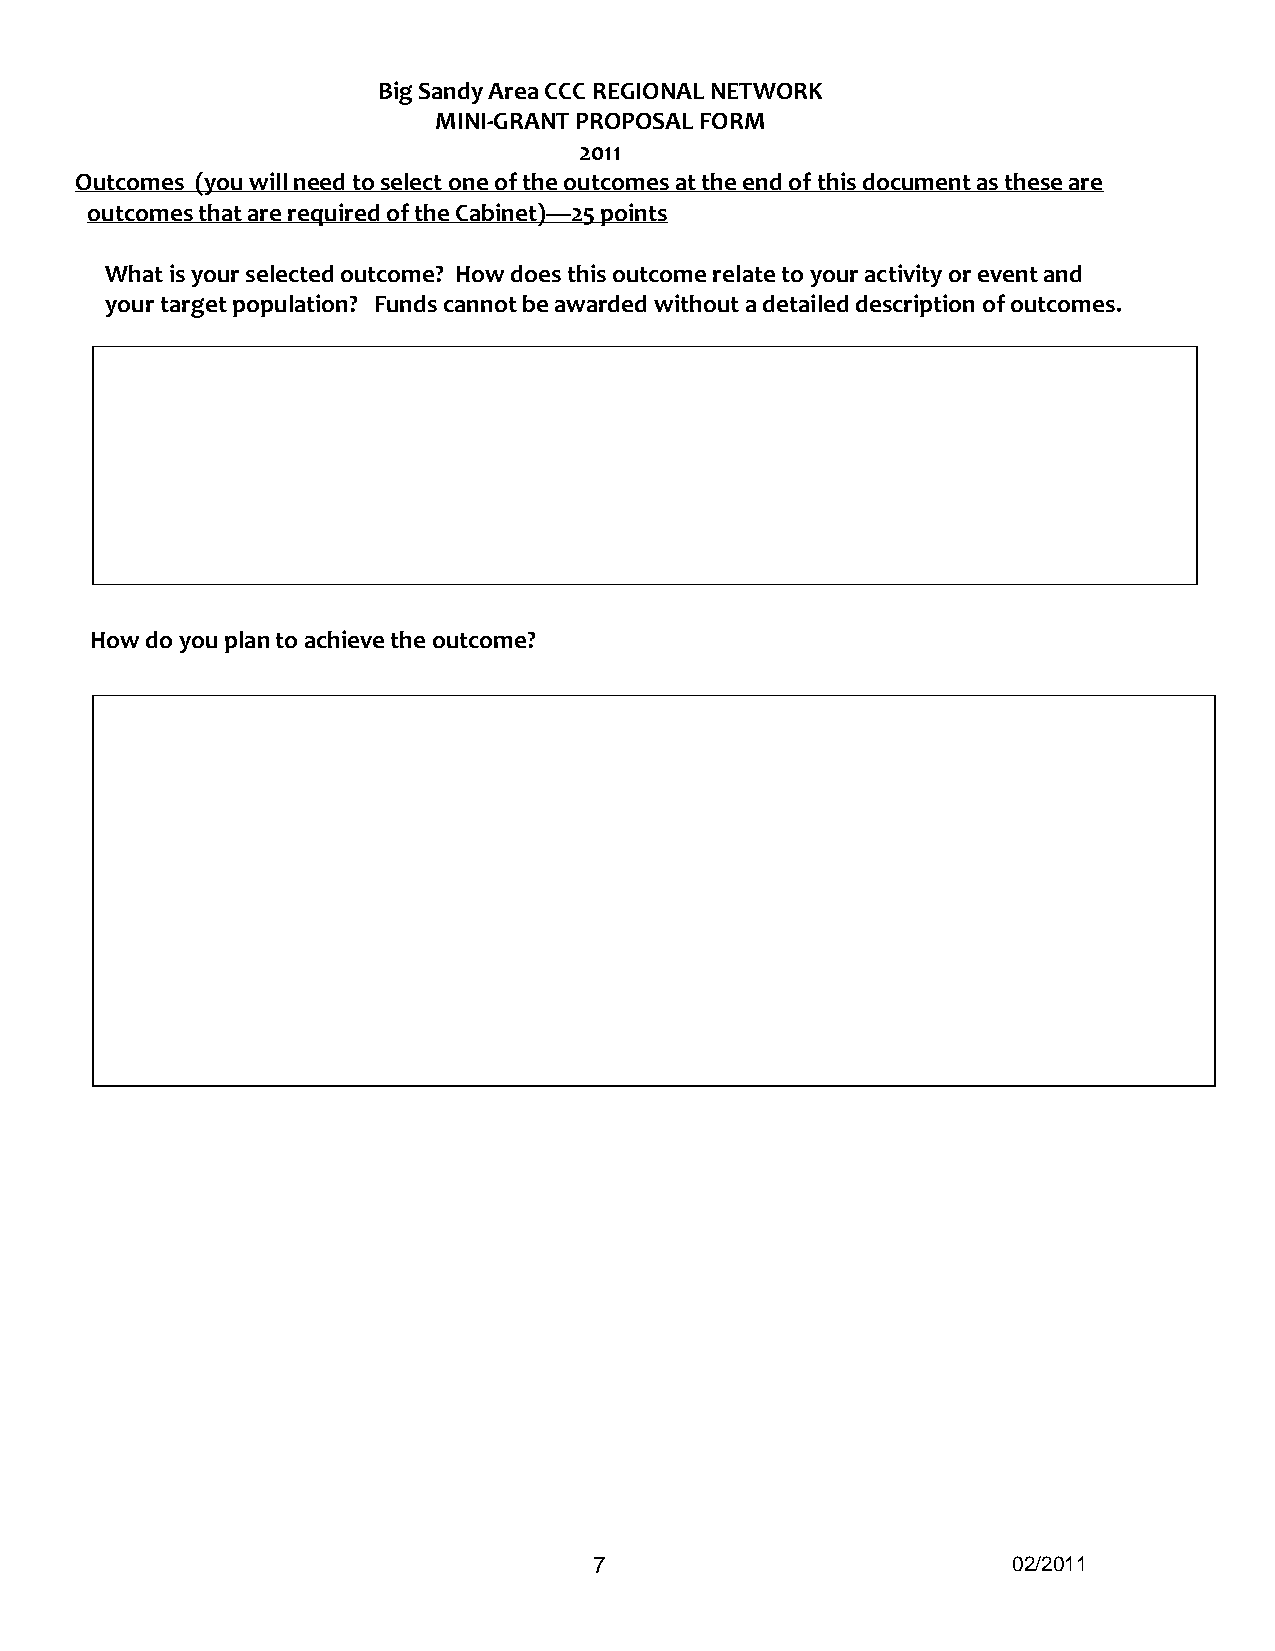
Big Sandy Area CCC REGIONAL NETWORK
 MINI-GRANT PROPOSAL FORM
 2011
 Outcomes (you will need to select one of the outcomes at the end of this document as these are
 outcomes that are required of the Cabinet)—25 points
 What is your selected outcome? How does this outcome relate to your activity or event and
 your target population? Funds cannot be awarded without a detailed description of outcomes.
 How do you plan to achieve the outcome?
 7                           02/2011